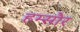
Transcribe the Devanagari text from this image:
हम्सौर